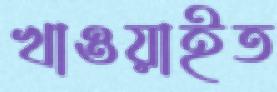
খাওয়াইত